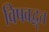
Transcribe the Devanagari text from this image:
विषवद्वृत्त